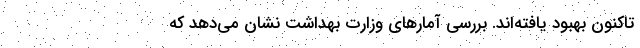
تاکنون بهبود یافته‌اند. بررسی آمارهای وزارت بهداشت نشان می‌دهد که